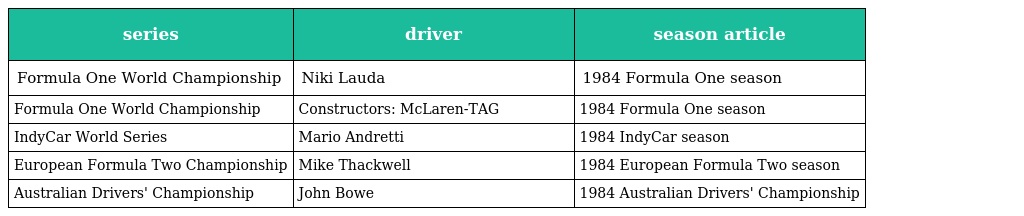
| series | driver | season article |
 | --- | --- | --- |
 | Formula One World Championship | Niki Lauda | 1984 Formula One season |
 | Formula One World Championship | Constructors: McLaren-TAG | 1984 Formula One season |
 | IndyCar World Series | Mario Andretti | 1984 IndyCar season |
 | European Formula Two Championship | Mike Thackwell | 1984 European Formula Two season |
 | Australian Drivers' Championship | John Bowe | 1984 Australian Drivers' Championship |